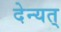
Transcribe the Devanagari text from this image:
देन्यत्